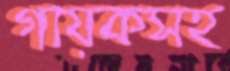
গায়কসহ